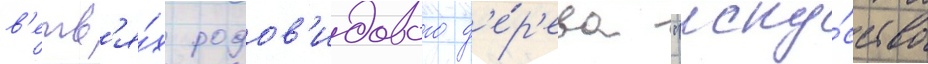
в'етв'я́х родов'идового д'е́р'ева "иску́сство